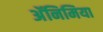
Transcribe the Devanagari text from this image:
अॅनिमिया